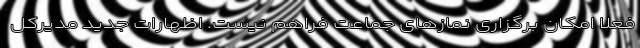
فعلاً امکان برگزاری نمازهای جماعت فراهم نیست. اظهارات جدید مدیرکل